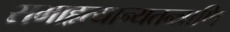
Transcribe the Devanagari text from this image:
समाहृत्यान्यतन्त्राणि